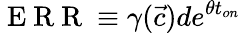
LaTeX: \mathrm{~E~R~R~}\equiv\gamma(\vec{c})de^{\theta t_{on}}